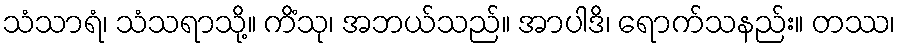
သံသာရံ၊ သံသရာသို့။ ကိံသု၊ အဘယ်သည်။ အာပါဒိ၊ ရောက်သနည်း။ တဿ၊